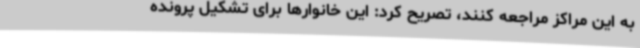
به این مراکز مراجعه کنند، تصریح کرد: این خانوارها برای تشکیل پرونده